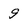
Character: 9